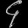
Digit: ၄